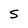
Character: S